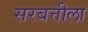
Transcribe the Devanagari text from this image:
सरबत्तीला